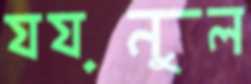
যয়নুল